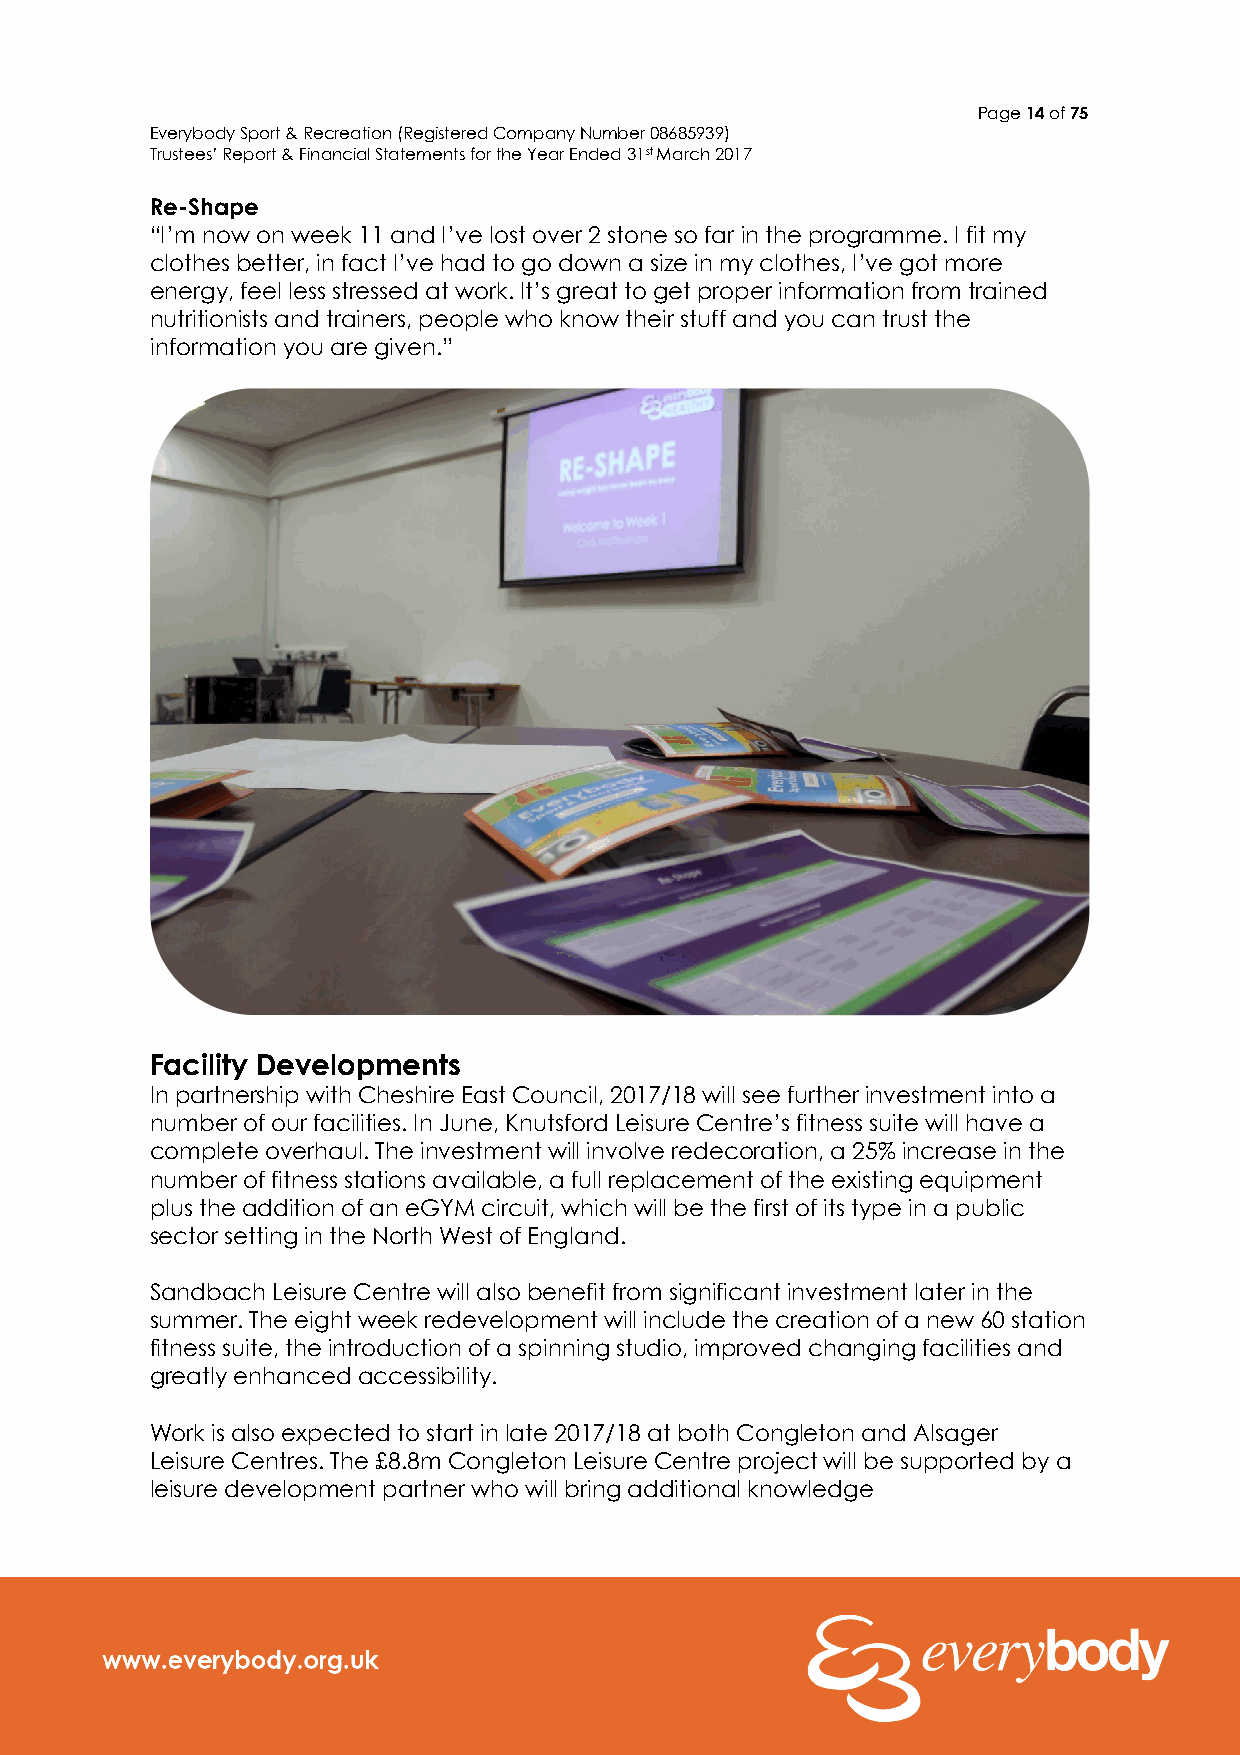
Page 14 of 75
 Everybody Sport & Recreation (Registered Company Number 08685939)
 Trustees’ Report & Financial Statements for the Year Ended 31st March 2017
 Re-Shape
 “I’m now on week 11 and I’ve lost over 2 stone so far in the programme. I fit my
 clothes better, in fact I’ve had to go down a size in my clothes, I’ve got more
 energy, feel less stressed at work. It’s great to get proper information from trained
 nutritionists and trainers, people who know their stuff and you can trust the
 information you are given.”
 Facility Developments
 In partnership with Cheshire East Council, 2017/18 will see further investment into a
 number of our facilities. In June, Knutsford Leisure Centre’s fitness suite will have a
 complete overhaul. The investment will involve redecoration, a 25% increase in the
 number of fitness stations available, a full replacement of the existing equipment
 plus the addition of an eGYM circuit, which will be the first of its type in a public
 sector setting in the North West of England.
 Sandbach Leisure Centre will also benefit from significant investment later in the
 summer. The eight week redevelopment will include the creation of a new 60 station
 fitness suite, the introduction of a spinning studio, improved changing facilities and
 greatly enhanced accessibility.
 Work is also expected to start in late 2017/18 at both Congleton and Alsager
 Leisure Centres. The £8.8m Congleton Leisure Centre project will be supported by a
 leisure development partner who will bring additional knowledge